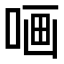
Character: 𠵾